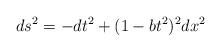
LaTeX: \begin{align*}ds^2 = - dt^2 + (1-b t^2)^2 dx^2 \end{align*}